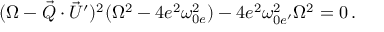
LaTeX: ( \Omega - \vec { \cal Q } \cdot \vec { U } ^ { \prime } ) ^ { 2 } ( \Omega ^ { 2 } - 4 e ^ { 2 } \omega _ { 0 e } ^ { 2 } ) - 4 e ^ { 2 } \omega _ { 0 e ^ { \prime } } ^ { 2 } \Omega ^ { 2 } = 0 \, .